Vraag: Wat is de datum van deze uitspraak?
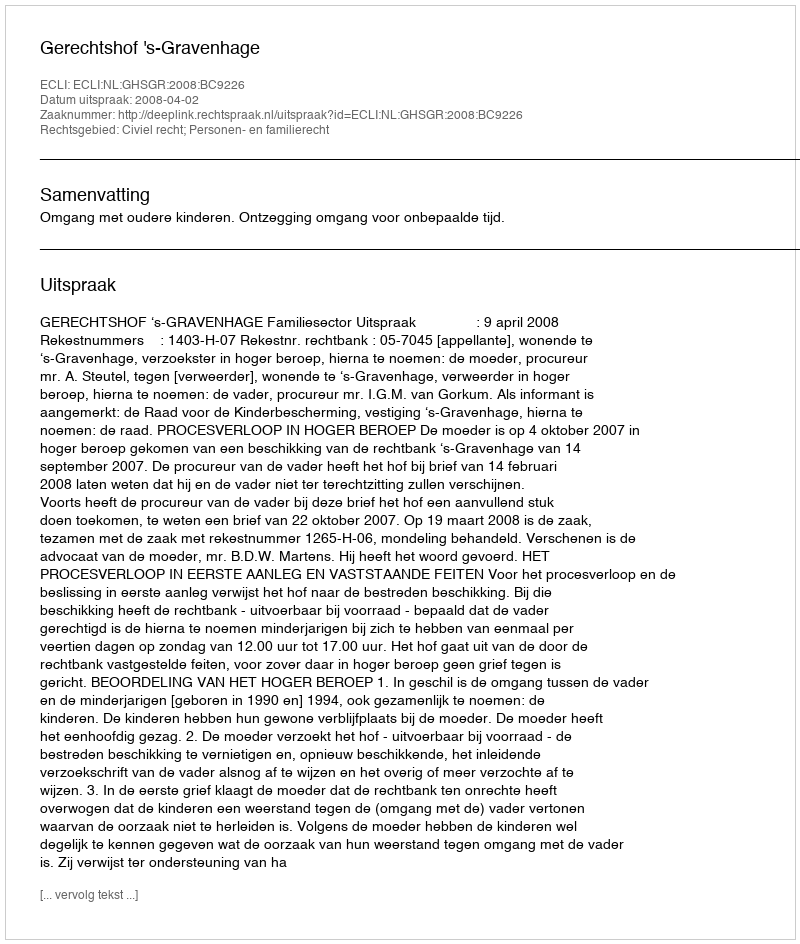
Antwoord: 2008-04-02